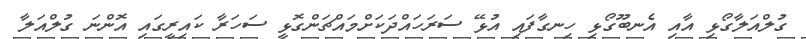
ގުލްއަލާގޯޅި އާއި އެނބޫގޯޅި ހިނގާފައި އުޅޭ ސަރަަހައްދަކަށްމައްޗަންގޮޅީ ސަހަރާ ކައިރީގައި އޮންނަ ގުލްއަލާ